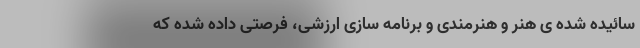
سائیده شده ی هنر و هنرمندی و برنامه سازی ارزشی، فرصتی داده شده که